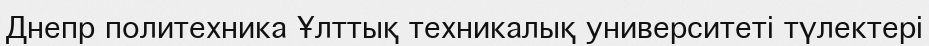
Днепр политехника Ұлттық техникалық университеті түлектері